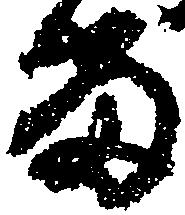
る